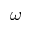
\omega